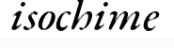
isochime